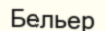
Бельер